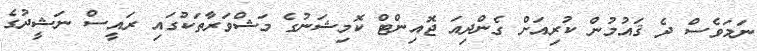
ނަމަވެސް ދެ ޤައުމުން ކުރިއަށް ގެންދިއަ ޖޮއިންޓް ކޮމިޝަނުގެ މަޝްވަރާތަކުގައި ރައީސް ނަޝީދުގެ